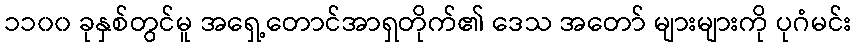
၁၁၀၀ ခုနှစ်တွင်မူ အရှေ့တောင်အာရှတိုက်၏ ဒေသ အတော် များများကို ပုဂံမင်း